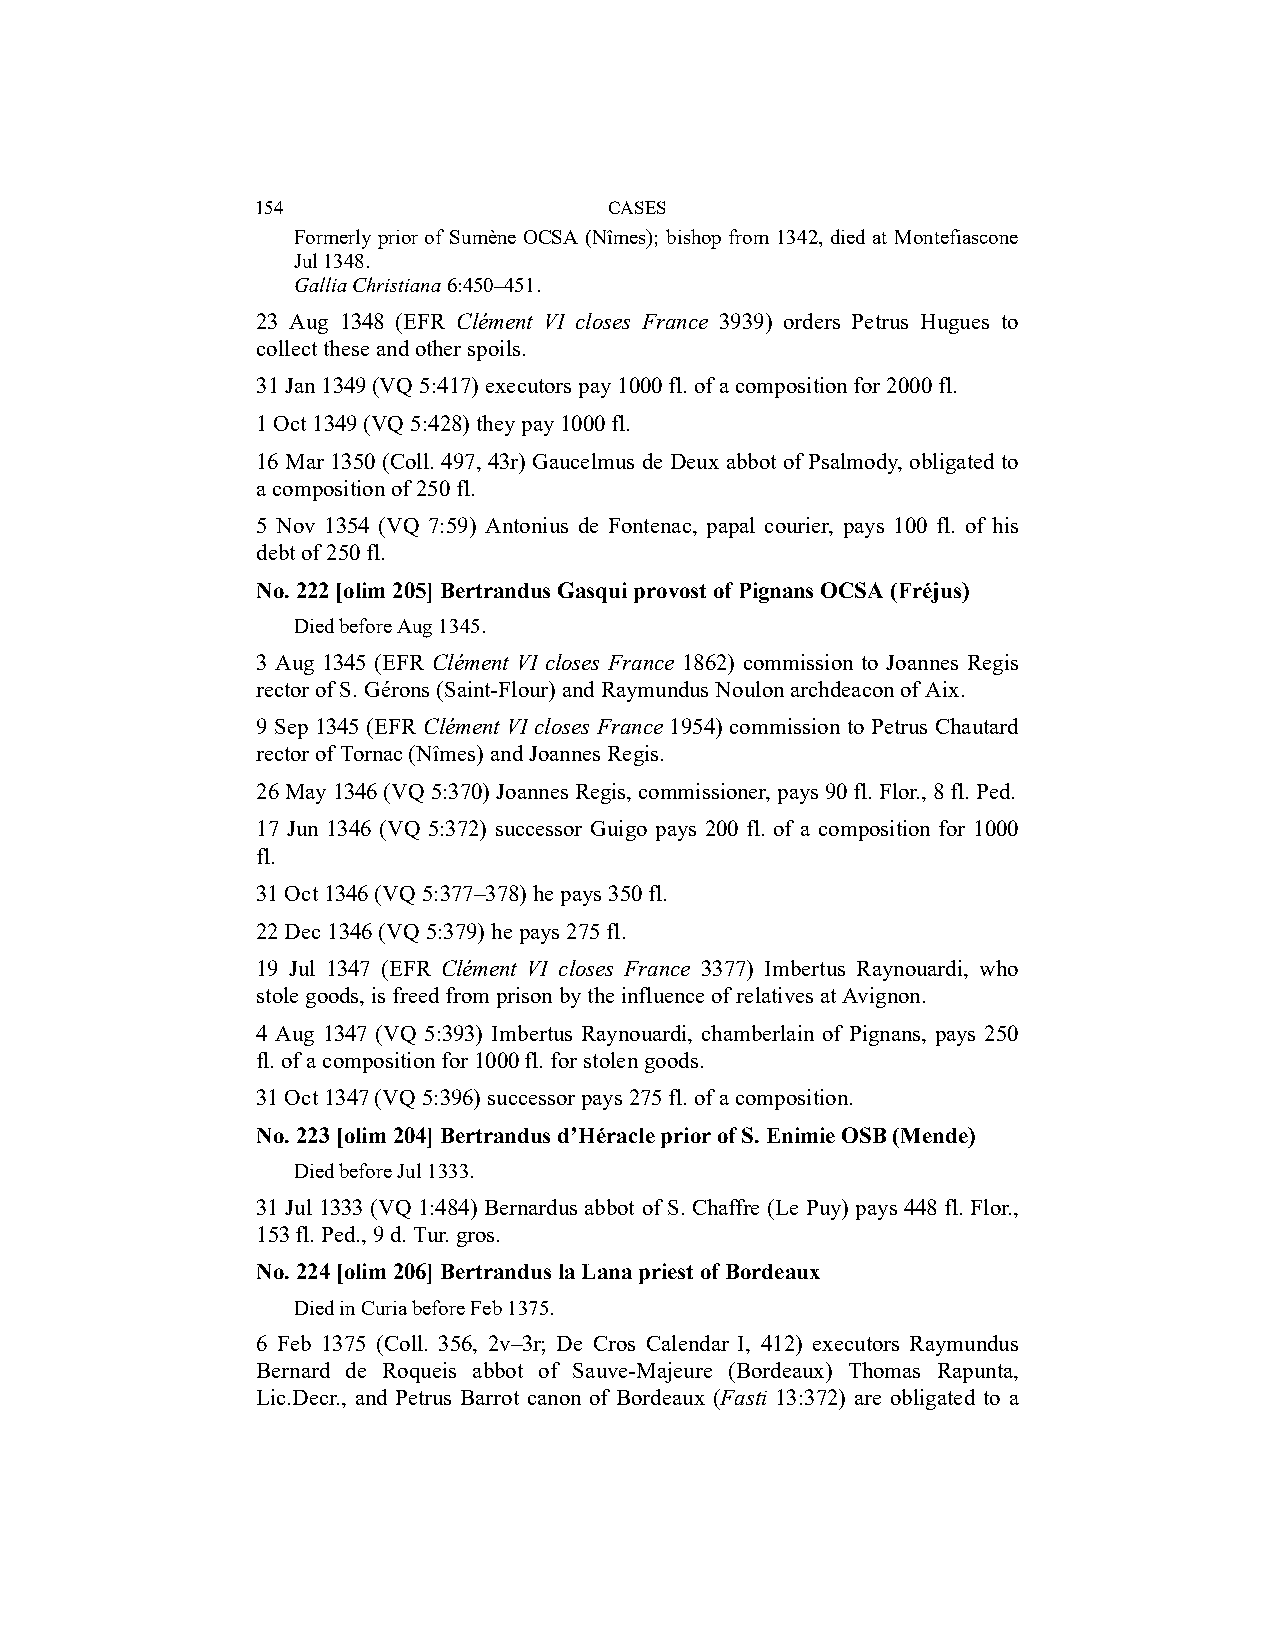
154                    CASES
 Formerly prior of Sumène OCSA (Nîmes); bishop from 1342, died at Montefiascone
 Jul 1348.
 Gallia Christiana 6:450–451.
 23 Aug 1348 (EFR Clément VI closes France 3939) orders Petrus Hugues to
 collect these and other spoils.
 31 Jan 1349 (VQ 5:417) executors pay 1000 fl. of a composition for 2000 fl.
 1 Oct 1349 (VQ 5:428) they pay 1000 fl.
 16 Mar 1350 (Coll. 497, 43r) Gaucelmus de Deux abbot of Psalmody, obligated to
 a composition of 250 fl.
 5 Nov 1354 (VQ 7:59) Antonius de Fontenac, papal courier, pays 100 fl. of his
 debt of 250 fl.
 No. 222 [olim 205] Bertrandus Gasqui provost of Pignans OCSA (Fréjus)
 Died before Aug 1345.
 3 Aug 1345 (EFR Clément VI closes France 1862) commission to Joannes Regis
 rector of S. Gérons (Saint-Flour) and Raymundus Noulon archdeacon of Aix.
 9 Sep 1345 (EFR Clément VI closes France 1954) commission to Petrus Chautard
 rector of Tornac (Nîmes) and Joannes Regis.
 26 May 1346 (VQ 5:370) Joannes Regis, commissioner, pays 90 fl. Flor., 8 fl. Ped.
 17 Jun 1346 (VQ 5:372) successor Guigo pays 200 fl. of a composition for 1000
 fl.
 31 Oct 1346 (VQ 5:377–378) he pays 350 fl.
 22 Dec 1346 (VQ 5:379) he pays 275 fl.
 19 Jul 1347 (EFR Clément VI closes France 3377) Imbertus Raynouardi, who
 stole goods, is freed from prison by the influence of relatives at Avignon.
 4 Aug 1347 (VQ 5:393) Imbertus Raynouardi, chamberlain of Pignans, pays 250
 fl. of a composition for 1000 fl. for stolen goods.
 31 Oct 1347 (VQ 5:396) successor pays 275 fl. of a composition.
 No. 223 [olim 204] Bertrandus d’Héracle prior of S. Enimie OSB (Mende)
 Died before Jul 1333.
 31 Jul 1333 (VQ 1:484) Bernardus abbot of S. Chaffre (Le Puy) pays 448 fl. Flor.,
 153 fl. Ped., 9 d. Tur. gros.
 No. 224 [olim 206] Bertrandus la Lana priest of Bordeaux
 Died in Curia before Feb 1375.
 6 Feb 1375 (Coll. 356, 2v–3r; De Cros Calendar I, 412) executors Raymundus
 Bernard de Roqueis abbot of Sauve-Majeure (Bordeaux) Thomas Rapunta,
 Lic.Decr., and Petrus Barrot canon of Bordeaux (Fasti 13:372) are obligated to a